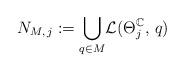
LaTeX: \begin{align*}N_{M,\,j} := \underset{q \in M}{\bigcup} \mathcal{L}(\Theta^\mathbb{C}_j,\,q)\end{align*}